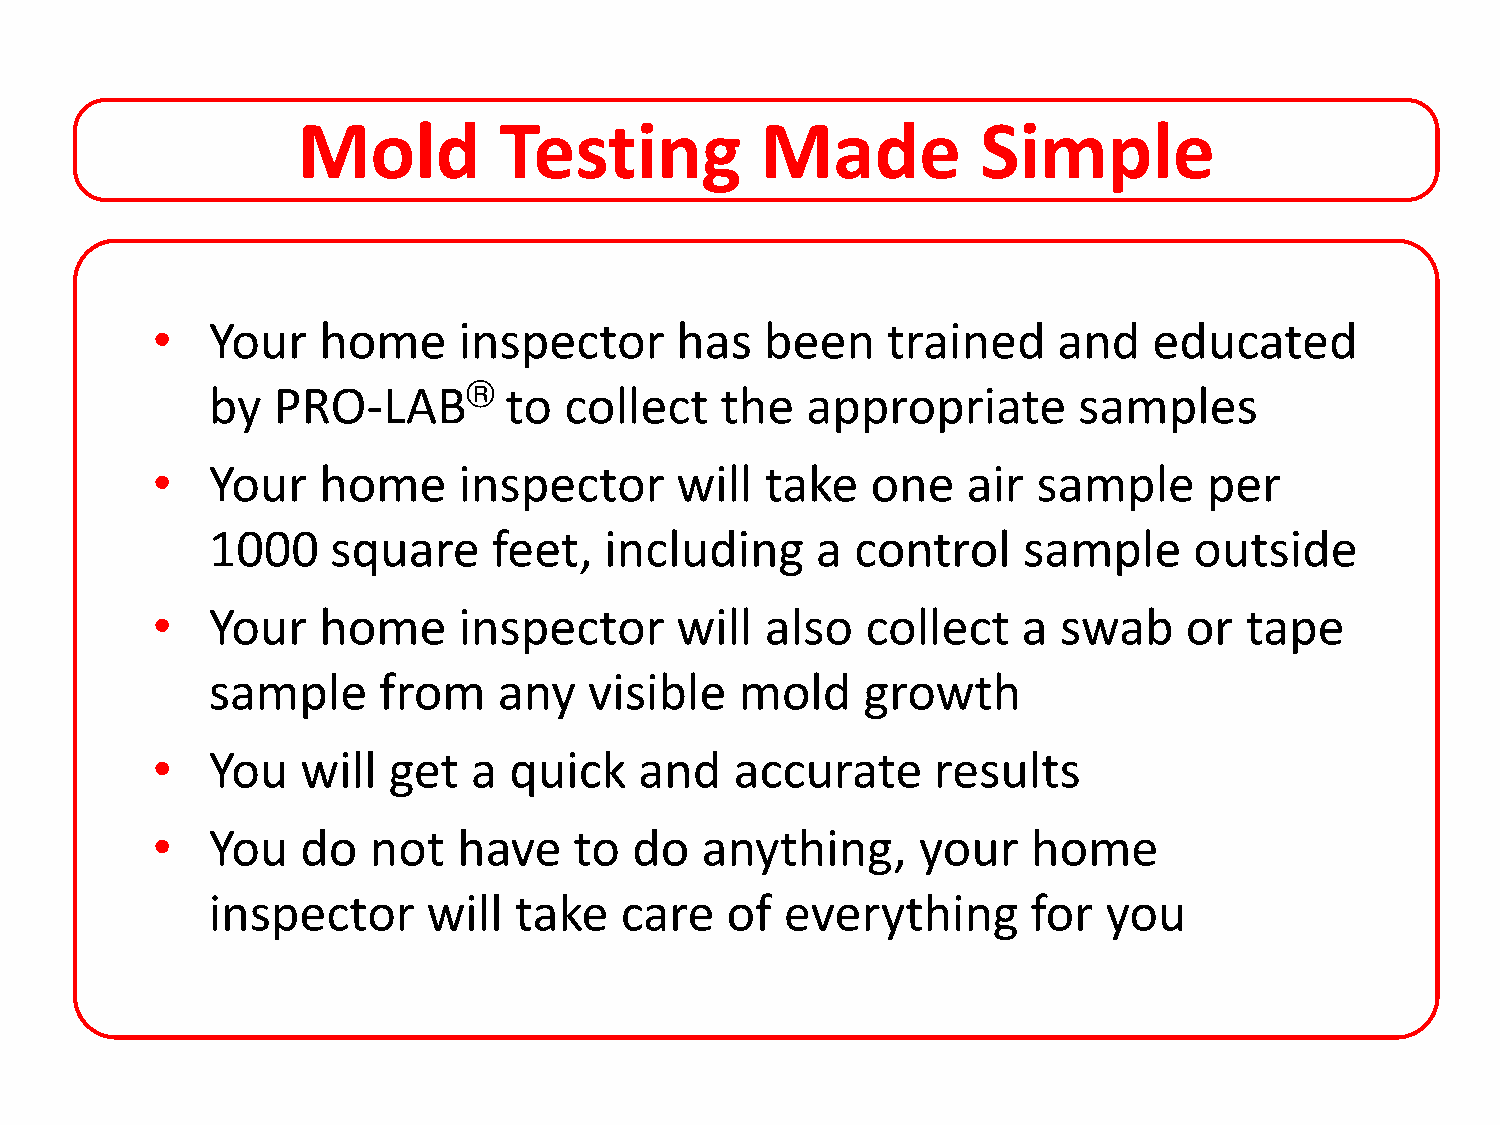
Mold         Testing          Made           Simple
 •   Your   home     inspector      has   been    trained    and   educated
 by  PRO-LAB®       to  collect    the  appropriate       samples
 •   Your   home     inspector      will  take   one   air  sample     per
 1000    square     feet,  including     a  control    sample     outside
 •   Your   home     inspector      will  also  collect    a swab     or tape
 sample     from    any   visible   mold    growth
 •   You   will  get  a  quick   and    accurate     results
 •   You   do  not   have    to  do  anything,      your   home
 inspector     will  take   care   of  everything      for  you